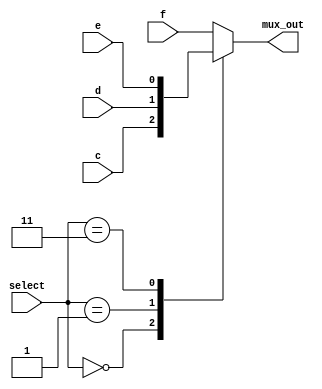
// -----------------------------
// Creator  : lisy
// Function : 4 to 1 mux
// Update   :
// Copyright: lisy
// -----------------------------

module mux4(
    input wire c, d, e, f,
    input wire [1:0] select,
    output reg mux_out
);

    always @(c, d, e, f, select) begin
        case (select)
            2'b00:   mux_out = c;
            2'b01:   mux_out = d;
            2'b11:   mux_out = e;
            default: mux_out = f;   // Coding style: "case" must have "default"
        endcase
    end

endmodule // mux4